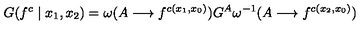
G ( f ^ { c } \mid x _ { 1 } , x _ { 2 } ) = \omega ( A \longrightarrow f ^ { c ( x _ { 1 } , x _ { 0 } ) } ) G ^ { A } \omega ^ { - 1 } ( A \longrightarrow f ^ { c ( x _ { 2 } , x _ { 0 } ) } )